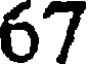
67